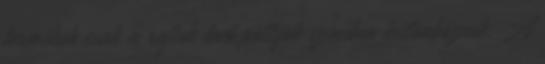
termékek csak a rajtuk levő pöttyök színében különböznek. A